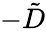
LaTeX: -\tilde{D}